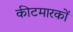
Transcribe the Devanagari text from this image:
कीटमारकों